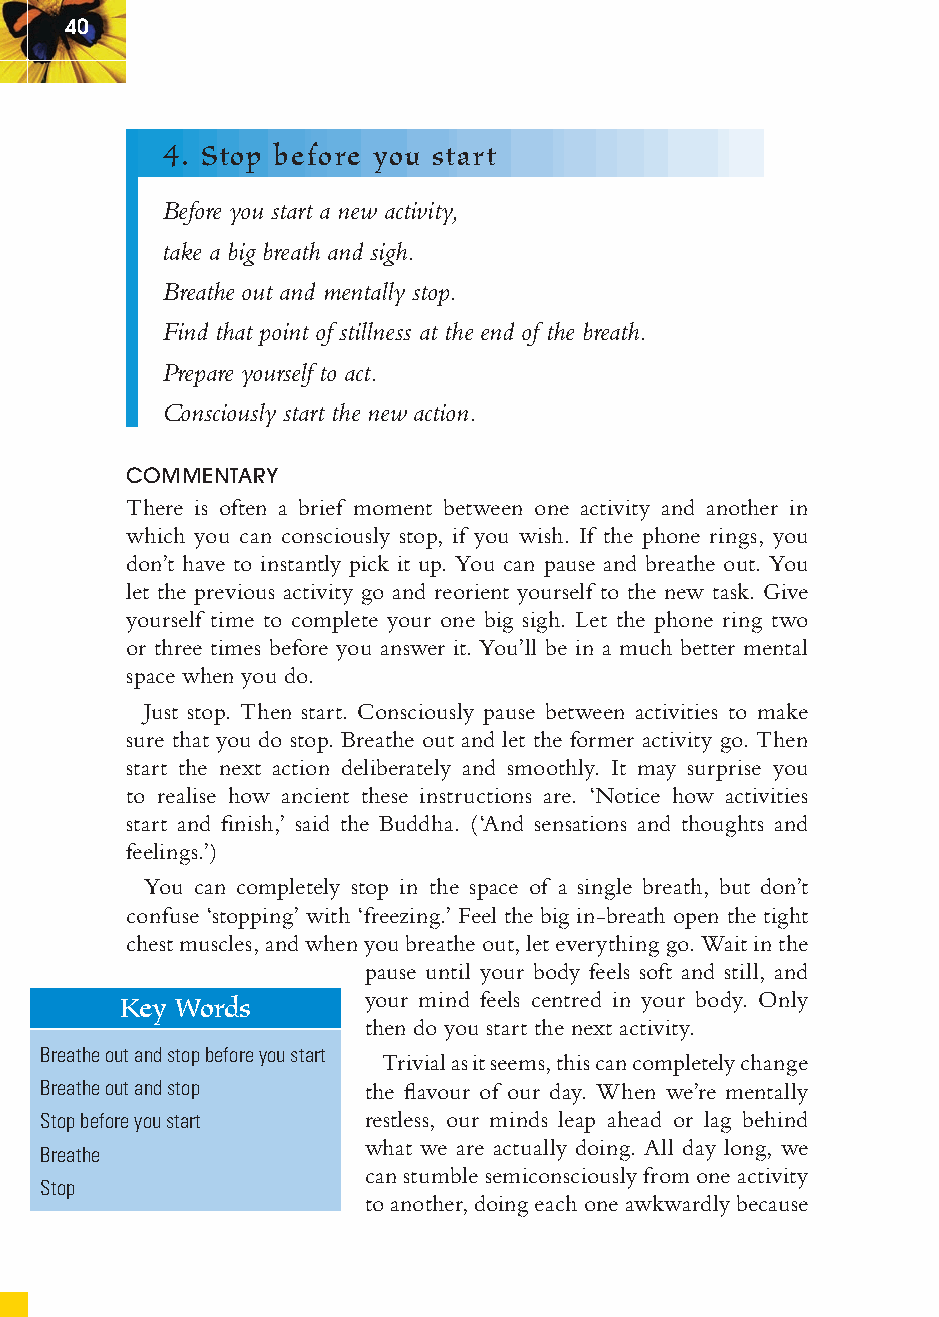
40
 4. Stop before you start
 Before you start a new activity,
 take a big breath and sigh.
 Breathe out and mentally stop.
 Find that point of stillness at the end of the breath.
 Prepare yourself to act.
 Consciously start the new action.
 COMMENTARY
 There is often a brief moment between one activity and another in
 which you can consciously stop, if you wish. If the phone rings, you
 don’t have to instantly pick it up. You can pause and breathe out. You
 let the previous activity go and reorient yourself to the new task. Give
 yourself time to complete your one big sigh. Let the phone ring two
 or three times before you answer it. You’ll be in a much better mental
 space when you do.
 Just stop. Then start. Consciously pause between activities to make
 sure that you do stop. Breathe out and let the former activity go. Then
 start the next action deliberately and smoothly. It may surprise you
 to realise how ancient these instructions are. ‘Notice how activities
 start and fi nish,’ said the Buddha. (‘And sensations and thoughts and
 feelings.’)
 You can completely stop in the space of a single breath, but don’t
 confuse ‘stopping’ with ‘freezing.’ Feel the big in-breath open the tight
 chest muscles, and when you breathe out, let everything go. Wait in the
 pause until your body feels soft and still, and
 Key Words       your mind feels centred in your body. Only
 then do you start the next activity.
 Breathe out and stop before you start
 Trivial as it seems, this can completely change
 Breathe out and stop  the fl avour of our day. When we’re mentally
 Stop before you start restless, our minds leap ahead or lag behind
 what we are actually doing. All day long, we
 Breathe
 can stumble semiconsciously from one activity
 Stop
 to another, doing each one awkwardly because
 ffiivvee__220000667788..iinndddd SSeecc11::4444     3300//55//0055 55::0033::5511 PPMM